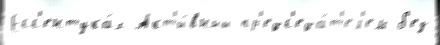
Есс'ентука́х Акт'и́вный пр'едс'еда́т'ел'ем б'ез